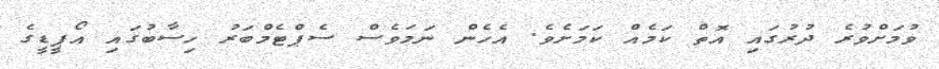
ވުމަށްވުރެ ދުރުގައި އޮތް ކަމެއް ކަމަށެވެ. އެހެން ނަމަވެސް ސެޕްޓެމްބަރު ހިސާބުގައި އޯޕީޑީގެ